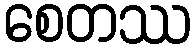
စေတဿ